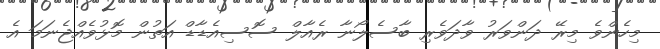
މިހެންވެ މިރޭ ދަންވަރު ވާދަވެރި ބާސެލޯނާ ރެއާލް ސޮސިއެޑާޑް އަތުން މޮޅުވެއްޖެނަމަ އެ